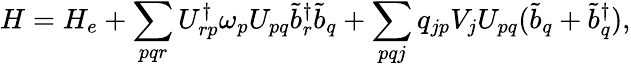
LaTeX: H=H_{e}+\sum_{pqr}U_{rp}^{\dagger}\omega_{p}U_{pq}\tilde{b}_{r}^{\dagger}\tilde{b}_{q}+\sum_{pqj}q_{jp}V_{j}U_{pq}(\tilde{b}_{q}+\tilde{b}_{q}^{\dagger}),